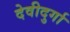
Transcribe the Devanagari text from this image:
देवीदुर्गा